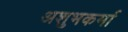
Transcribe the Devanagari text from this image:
अशुभकर्मा